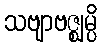
သဗျာဗဇ္ဈမ္ပိ